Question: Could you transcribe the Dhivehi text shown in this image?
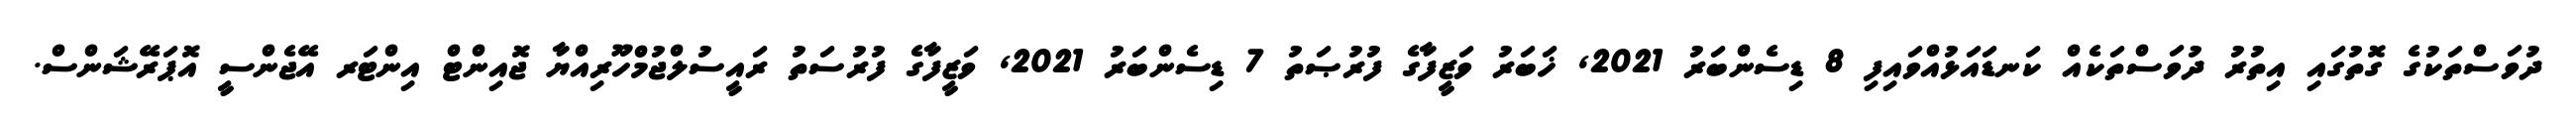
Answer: ދުވަސްތަކުގެ ގޮތުގައި އިތުރު ދުވަސްތަކެއް ކަނޑައަޅުއްވައިފި 8 ޑިސެންބަރު 2021, ޚަބަރު ވަޒީފާގެ ފުރުޞަތު 7 ޑިސެންބަރު 2021, ވަޒީފާގެ ފުރުސަތު ރައީސުލްޖުމްހޫރިއްޔާ ޖޮއިންޓް އިންޓަރ އޭޖެންސީ އޮޕަރޭޝަންސް.